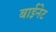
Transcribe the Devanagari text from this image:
बाईनेट